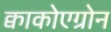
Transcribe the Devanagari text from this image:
क्वाकोएग्रोन